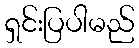
ရှင်းပြပါမည်